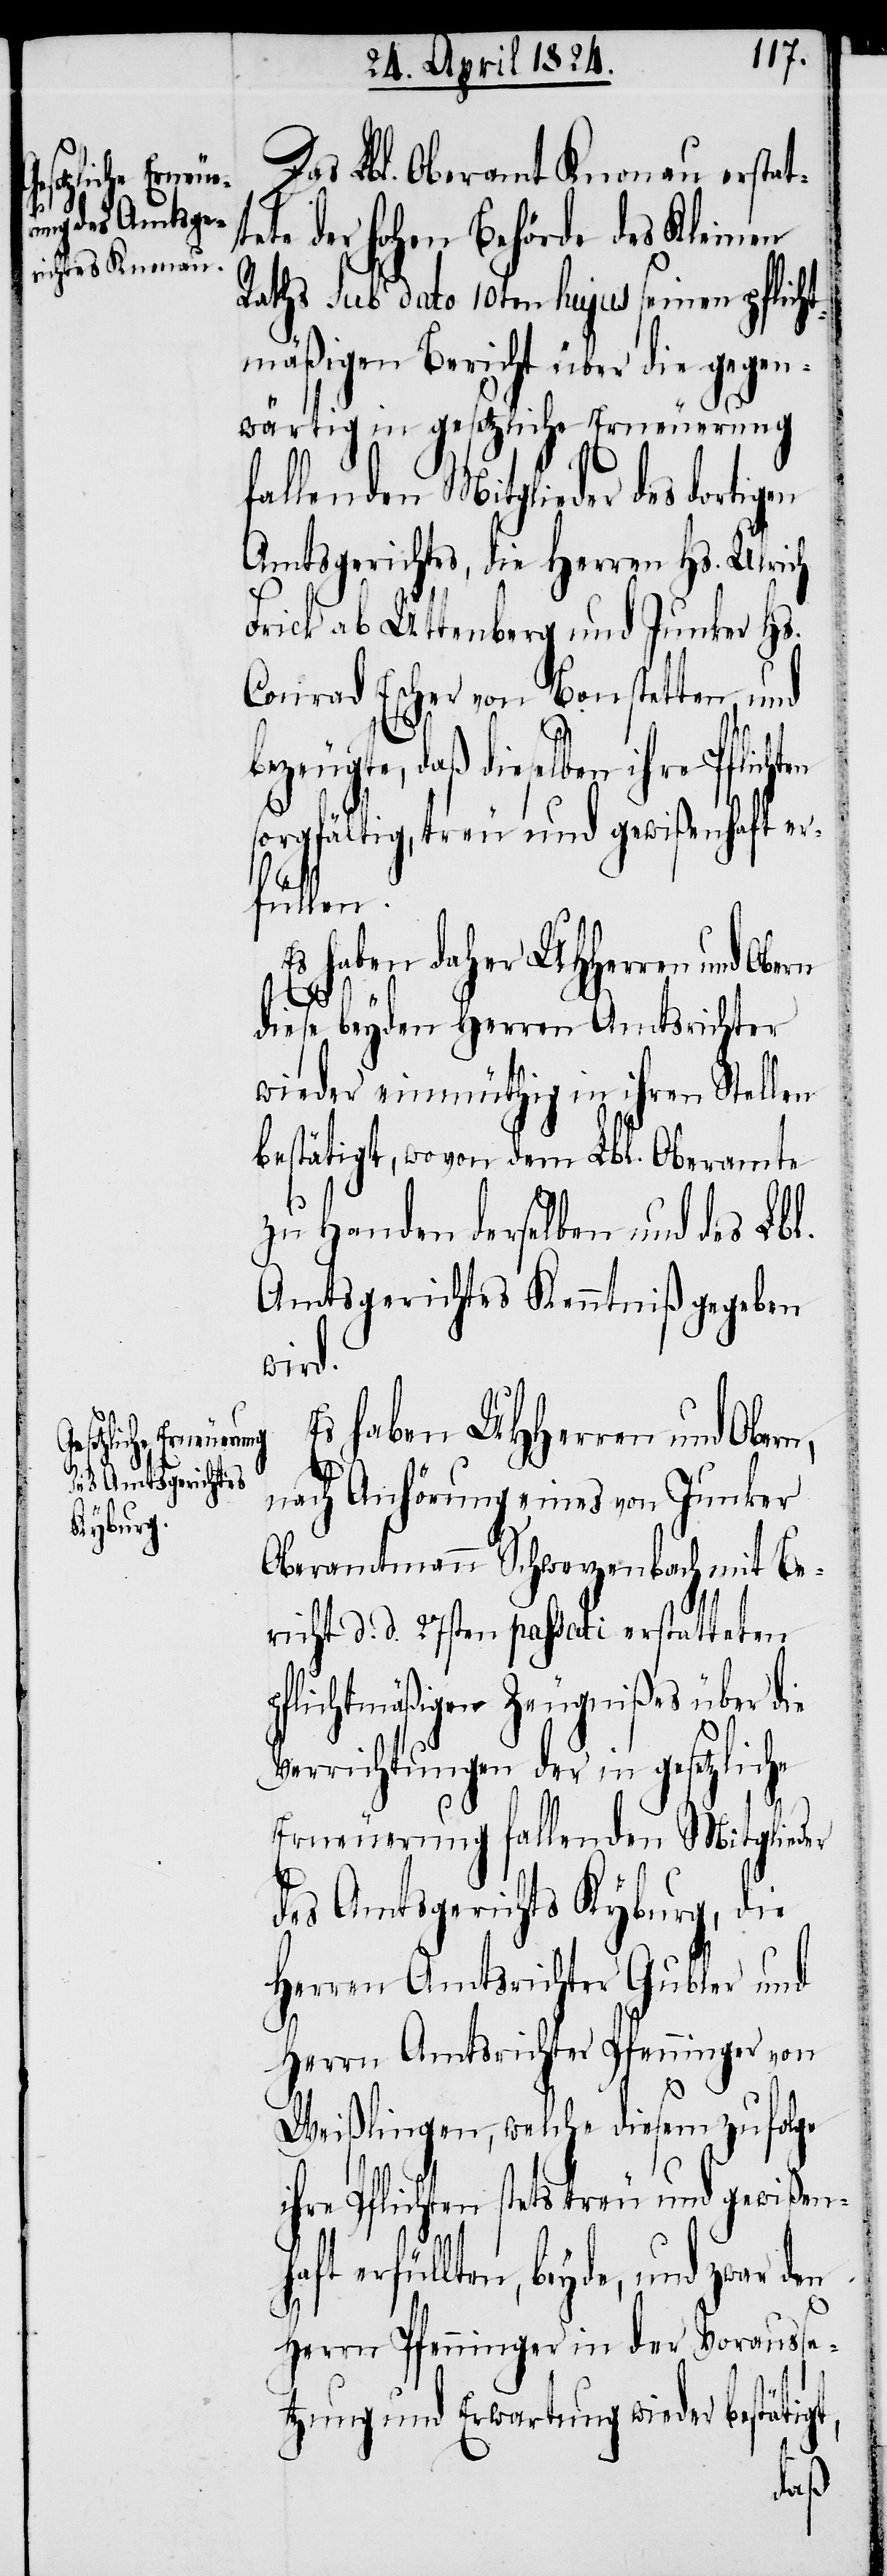
Das Lbl. Oberamt Knonau erstat¬
tete der hohen Behörde des Kleinen
Raths sub dato 10ten hujus seinen pflicht¬
mäßigen Bericht über die gegen¬
wärtig in gesetzliche Erneuerung
fallenden Mitglieder des dortigen
Amtsgerichtes, die Herren Hs. Ulrich
Frick ab Uttenberg und Junker Hs.
Conrad Escher von Bonstetten, und
bezeugte, daß dieselben ihre
sorgfältig, treu und gewißenhaft er¬
füllen.
Es haben daher UHHerren und Obern
t,
diese beyden Herren Amtsrichter
wieder einmüthig in ihren Stellen
bestätigt, wovon dem Lbl. Oberamte
zu Handen derselben und des Lbl.
Amtsgerichtes Kenntniß gegeben
wird.
Es haben UHHerren und Obern,
nach Anhörung eines von Junker
Oberamtmann Schwerzenbach mit Be¬
richt d. d. 27sten passati erstatteten
pflichtmäßigen Zeugnißes über die
Verrichtungen der in gesetzliche
Erneuerungen fallenden Mitglieder
des Amtsgerichts Kyburg, die
Herren Amtsrichter Gubler und
Herrn Amtsrichter Pfenninger von
Weißlingen, welche diesem zufolge
ihre Pflichten stets treu und gewißen¬
erfüllten, beyde, und zwar den
Herrn Pfenninger in der Vorausse¬
tzung und Erwartung wieder bestätig¬